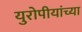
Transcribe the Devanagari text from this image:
युरोपीयांच्या